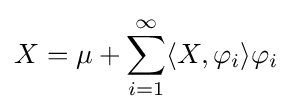
X=\mu +\sum _{i=1}^{\infty }\langle X,\varphi _{i}\rangle \varphi _{i}